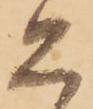
恐